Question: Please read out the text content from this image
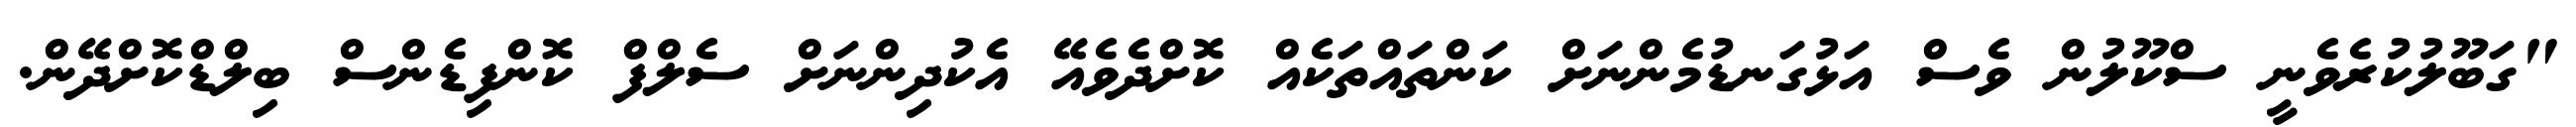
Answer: "ގަބޫލުކުރެވެނީ ސްކޫލުން ވެސް އަޅުގަނޑުމެންނަށް ކަންތައްތަކެއް ކޮށްދެވެއޭ އެކުދިންނަށް ސެލްފް ކޮންފިޑެންސް ބިލްޑްކޮށްދޭން.